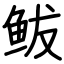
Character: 鲅